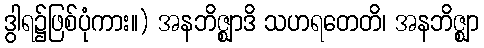
ဒွါရ၌ဖြစ်ပုံကား။) အနဘိဇ္ဈာဒိ သဟရတေတိ၊ အနဘိဇ္ဈာ